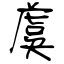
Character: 虞